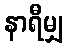
နာရီမျှ